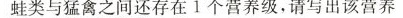
若蛙类与猛禽之间还存在1个营养级，请写出该营养